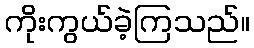
ကိုးကွယ်ခဲ့ကြသည်။